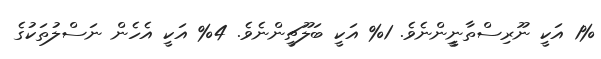
1% އަކީ ނޫރިސްތާނީީންނެވެ. 1% އަކީ ބަލޫޗީންނެވެ. 4% އަކީ އެހެން ނަސްލުތަކުގެ